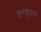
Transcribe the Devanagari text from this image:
मुचकुंदाने